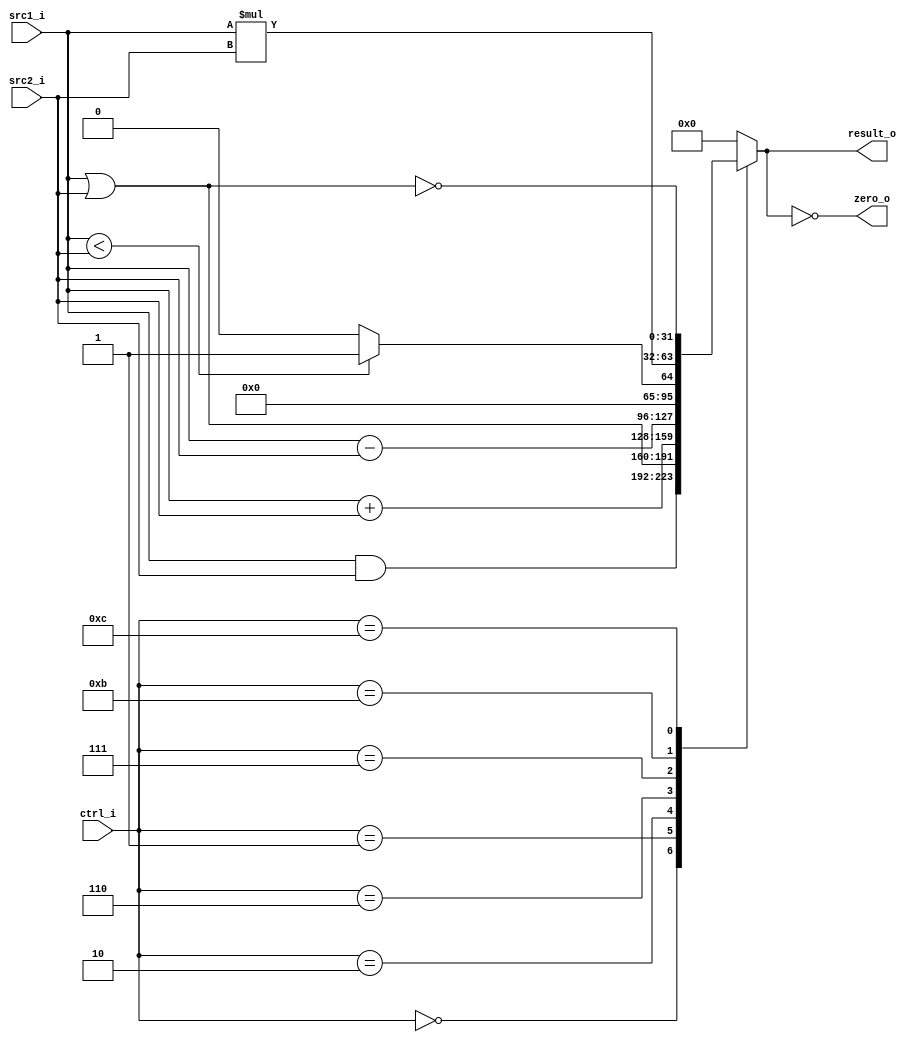
//Subject:     CO project 2 - ALU
//--------------------------------------------------------------------------------
//Version:     1
//--------------------------------------------------------------------------------
//Writer:      Ling Yin-Tao
//----------------------------------------------
//Date:        5/2
//----------------------------------------------
//Description: 0516320
//--------------------------------------------------------------------------------

module ALU(
    src1_i,
	src2_i,
	ctrl_i,
	result_o,
	zero_o
	);
     
//I/O ports
input  [32-1:0]  src1_i;
input  [32-1:0]	 src2_i;
input  [4-1:0]   ctrl_i;

output [32-1:0]	 result_o;
output           zero_o;

//Internal signals
reg    [32-1:0]  result_o;
wire             zero_o;

//Parameter

//Main function

assign zero_o = (result_o==0);
always @(ctrl_i,src1_i,src2_i)begin
	case(ctrl_i)
		0:result_o <= src1_i & src2_i;
		1:result_o <= src1_i | src2_i;
		2:result_o <= src1_i + src2_i;
		6:result_o <= src1_i - src2_i;
		7:result_o <= (src1_i < src2_i) ? 1 : 0;
		11:result_o <= src1_i * src2_i;
		12:result_o<= ~(src1_i|src2_i);
		default: result_o <= 0;
	endcase
end

endmodule